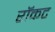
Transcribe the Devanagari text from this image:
रॉकट